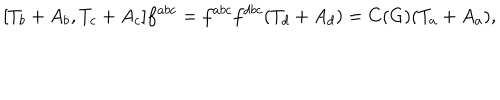
LaTeX: [ T _ { b } + A _ { b } , T _ { c } + A _ { c } ] f ^ { a b c } = f ^ { a b c } f ^ { d b c } ( T _ { d } + A _ { d } ) = C ( G ) ( T _ { a } + A _ { a } ) ,